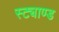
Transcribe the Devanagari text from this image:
स्ट्याण्ड